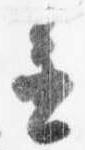
進